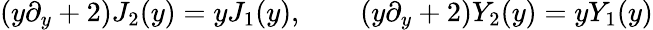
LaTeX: \left(y\partial_{y}+2\right)J_{2}(y)=yJ_{1}(y),\qquad\left(y\partial_{y}+2\right)Y_{2}(y)=yY_{1}(y)